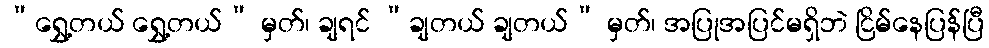
“ရွှေ့တယ် ရွှေ့တယ်” မှတ်၊ ချရင် “ချတယ် ချတယ်” မှတ်၊ အပြုအပြင်မရှိဘဲ ငြိမ်နေပြန်ပြီ